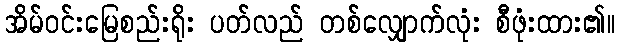
အိမ်ဝင်းမြေစည်းရိုး ပတ်လည် တစ်လျှောက်လုံး စီဖုံးထား၏။